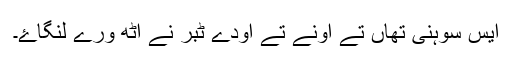
ایس سوہنی تھاں تے اونے تے اودے ٹبر نے اٹھ ورے لنگاۓ۔